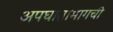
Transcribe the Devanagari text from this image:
अपघातामागची